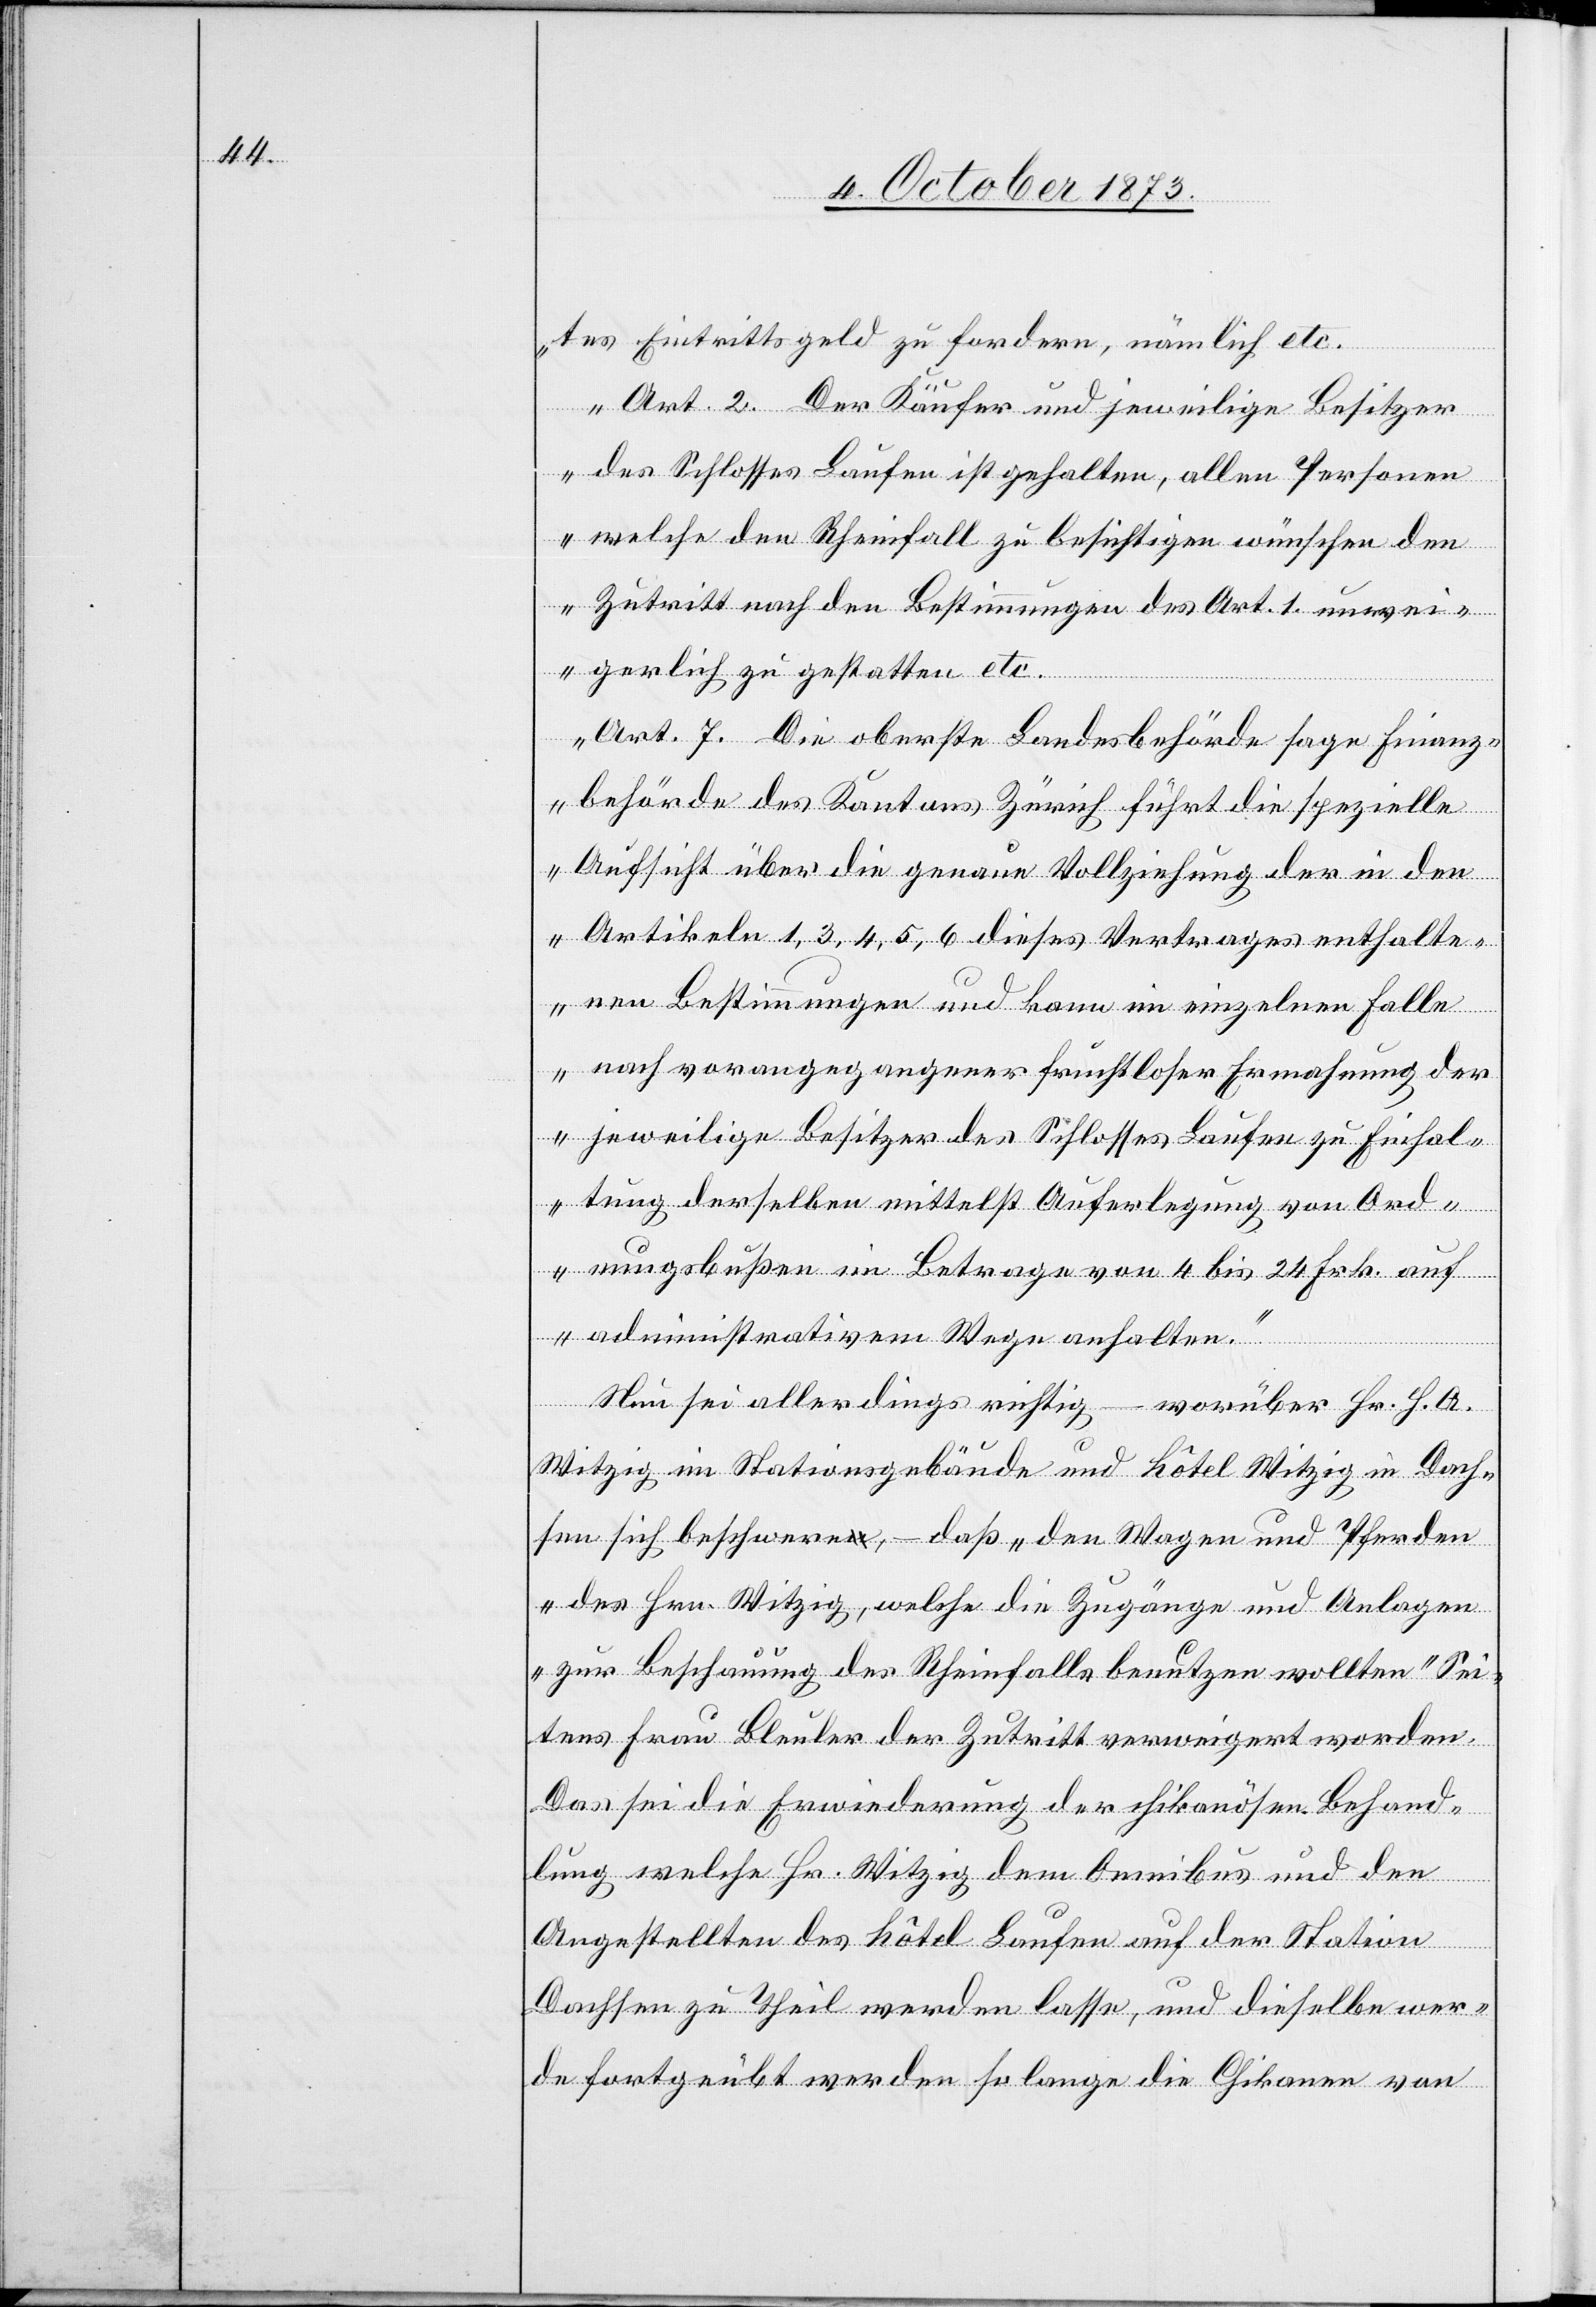
Einh¬
tes Eintrittsgeld zu fordern, nämlich etc.
Art. 2. Der Käufer und jeweilige Besitzer
des Schlosses Laufen ist gehalten, allen Personen
welche den Rheinfall zu besichtigen wünschen den
Zutritt nach den Bestimmungen des Art. 1. unwe¬
igerlich zu gestatten etc.
Art. 7 Die oberste Landesbehörde sage Finanz¬
behörde des Kantons Zürich führt die spezielle
Aufsicht über die genaue Vollziehung der in den
Artikeln 1, 3, 4, 5, 6 dieses Vertrages enthalte¬
nen Bestimmungen und kann im einzelnen Falle
nach vorangegangener fruchtloser Ermahnung der
altung derselben mittelst Auferlegung von Ord¬
nungsbußen im Betrage von 4 bis 24 Frk. auf
administrativem Wege anhalten.“
Laufen
Nun sei allerdings richtig – worüber Hr. H. A.
Witzig im Stationsgebäude und Hôtel Witzig in Dach¬
sen sich beschwere, – daß „den Wagen und Pferden
des Hrn. Witzig, welche die Zugänge und Anlagen
zur Beschauung des Rheinfalls benutzen wollten“ Sei¬
tens Frau Bleuler der Zutritt verweigert worden.
Das sei die Erwiederung der chikanösen Behand¬
lung welche Hr. Witzig dem Omnibus und den
Angestellten des Hôtel Laufen auf der Station
Dachsen zu Theil werden lasse, und dieselbe wer¬
de fortgeübt werden so lange die Chikanen von